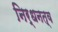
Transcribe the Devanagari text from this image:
निर्धनत्व